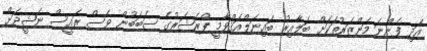
އަދި ފެންނަ މަންޒަރުތަކަށް ބަލާއިރު ބައިނަލްއަޤްވާމީ ޕްރެޝަރުގެ ސަބަބުން ވެސް ރައީސް ނަޝީދަށް